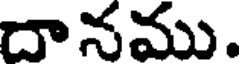
దానము.